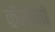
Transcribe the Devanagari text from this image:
कँसीनो